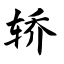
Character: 轿